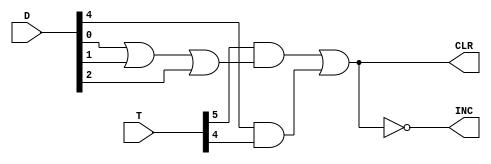
`timescale 1ns / 1ps
//////////////////////////////////////////////////////////////////////////////////
// Company: 
// Engineer: 
// 
// Design Name: 
// Module Name: SEQ_ARCH
// Project Name: 
// Target Devices: 
// Tool Versions: 
// Description: 
// 
// Dependencies: 
// 
// Revision:
// Revision 0.01 - File Created
// Additional Comments:
// 
//////////////////////////////////////////////////////////////////////////////////


module SEQ_ARCH (CLR, INC, T, D);
input [5:0] T;
input [7:0] D;
output CLR, INC;
wire   x1, x2, y1, y2;
assign x1= T[5];
assign x2 = D[0] | D[1] | D[2];
assign y1 = x1 & x2;
assign y2 = D[4] & T[4]; 
assign CLR = y1 | y2;
assign INC = ~CLR;
endmodule